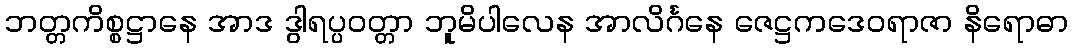
ဘတ္တကိစ္စဋ္ဌာနေ အာဒ ဒွါရပ္ပဝတ္တာ ဘူမိပါလေန အာလိင်္ဂနေ ဇေဋ္ဌကဒေဝရာဇာ နိရောဓာ